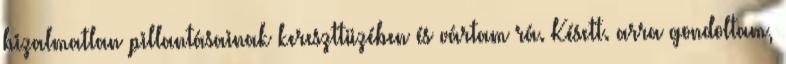
bizalmatlan pillantásainak kereszttüzében és vártam rá. Késett. arra gondoltam,